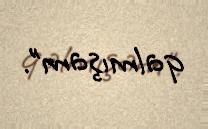
qalmışam”.